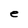
Character: e